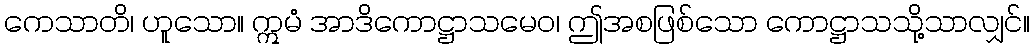
ကေသာတိ၊ ဟူသော။ ဣမံ အာဒိကောဋ္ဌာသမေဝ၊ ဤအစဖြစ်သော ကောဋ္ဌာသသို့သာလျှင်။